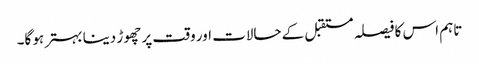
تاہم اس کا فیصلہ مستقبل کے حالات اور وقت پر چھوڑ دینا بہتر ہو گا۔